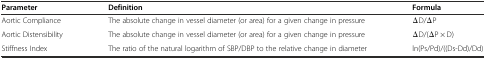
| Parameter | Definition | Formula |
 | --- | --- | --- |
 | Aortic Compliance | The absolute change in vessel diameter (or area) for a given change in pressure | ΔD/ΔP |
 | Aortic Distensibility | The absolute change in vessel diameter (or area) for a given change in pressure | ΔD/(ΔP × D) |
 | Stiffness Index | The ratio of the natural logarithm of SBP/DBP to the relative change in diameter | ln(Ps/Pd)/((Ds-Dd)/Dd) |